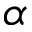
\alpha